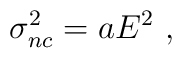
\sigma_{nc}^2 = a E^2  \ ,